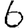
Digit: 6